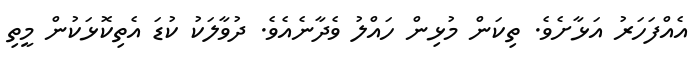
އެއްފަހަރު އަޅާށެވެ. ތިކަން މުޅިން ހައްލު ވެދާނެއެވެ. ދުވާލަކު ކުޑަ އެތިކޮޅަކުން މީތި